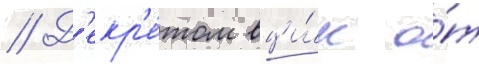
// Д'екр'е́том вци́к о́т